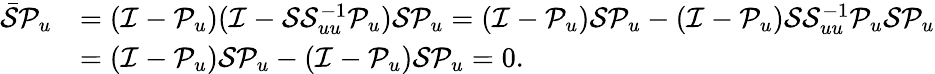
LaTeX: \begin{array}{rl}{\bar{\mathcal{S}}\mathcal{P}_{u}}&{=(\mathcal{I}-\mathcal{P}_{u})(\mathcal{I}-\mathcal{S}\mathcal{S}_{uu}^{-1}\mathcal{P}_{u})\mathcal{S}\mathcal{P}_{u}=(\mathcal{I}-\mathcal{P}_{u})\mathcal{S}\mathcal{P}_{u}-(\mathcal{I}-\mathcal{P}_{u})\mathcal{S}\mathcal{S}_{uu}^{-1}\mathcal{P}_{u}\mathcal{S}\mathcal{P}_{u}}\\ &{=(\mathcal{I}-\mathcal{P}_{u})\mathcal{S}\mathcal{P}_{u}-(\mathcal{I}-\mathcal{P}_{u})\mathcal{S}\mathcal{P}_{u}=0.}\end{array}